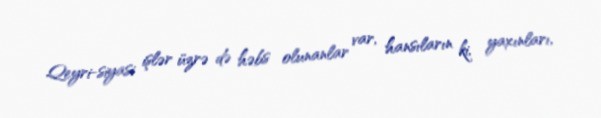
Qeyri-siyasi işlər üzrə də həbs olunanlar var, hansıların ki, yaxınları,